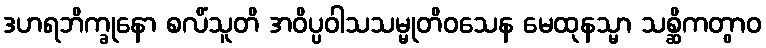
ဒဟရဘိက္ခုနော စလိံသူတိ အဝိပ္ပဝါသသမ္မုတိဝသေန မေထုနသ္မာ သစ္ဆိကတွာဝ